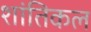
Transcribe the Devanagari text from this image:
शांतिकल